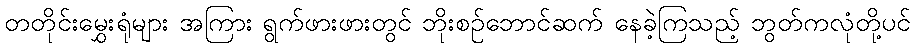
တတိုင်းမွှေးရုံများ အကြား ရွက်ဖားဖားတွင် ဘိုးစဉ်ဘောင်ဆက် နေခဲ့ကြသည့် ဘွတ်ကလုံတို့ပင်